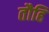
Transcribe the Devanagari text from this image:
तौहि